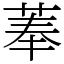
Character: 菶